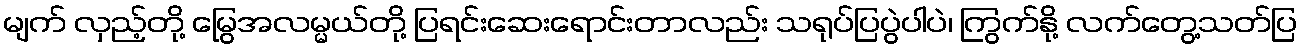
မျက် လှည့်တို့ မြွေအလမ္မယ်တို့ ပြရင်းဆေးရောင်းတာလည်း သရုပ်ပြပွဲပါပဲ၊ ကြွက်နို့ လက်တွေ့သတ်ပြ